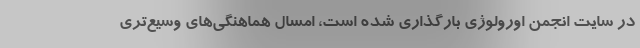
در سایت انجمن اورولوژی بارگذاری شده است، امسال هماهنگی‌های وسیع‌تری